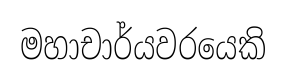
මහාචාර්යවරයෙකි